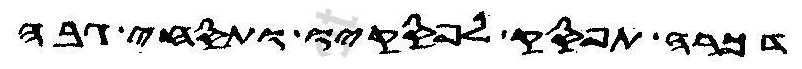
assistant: דכרה תפסק לפסקיו ותסחי גבה